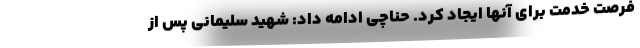
فرصت خدمت برای آنها ایجاد کرد. حناچی ادامه داد: شهید سلیمانی پس از